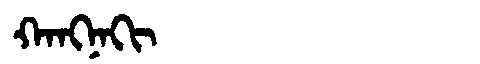
Manchu: ᡴᠠᠩᠨᠠᡴᡳ
Romanization: KANGNAKI